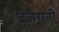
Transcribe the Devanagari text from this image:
वृजरानी